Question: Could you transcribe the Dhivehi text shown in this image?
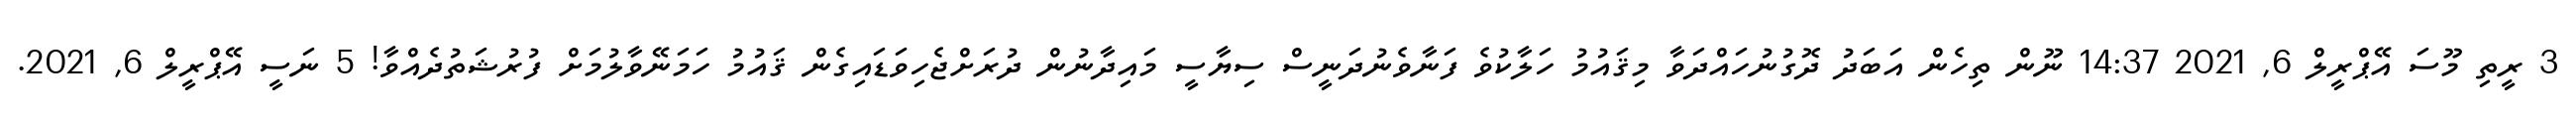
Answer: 3 ރީތި މޫސަ އޭޕްރީލް 6, 2021 14:37 ނޫން ތިހެން އަބަދު ދޮގުނުހައްދަވާ މިޤައުމު ހަލާކުވެ ފަނާވެނުދަނީސް ސިޔާސީ މައިދާނުން ދުރަށްޖެހިވަޑައިގެން ޤައުމު ހަމަނޭވާލުމަށް ފުރުޝަތުދެއްވާ! 5 ނަސީ އޭޕްރީލް 6, 2021.